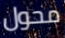
محول